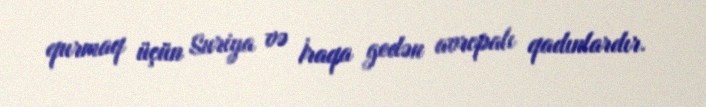
qurmaq üçün Suriya və İraqa gedən avropalı qadınlardır.